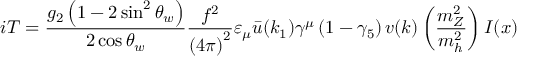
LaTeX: i T = \frac { g _ { 2 } \left( 1 - 2 \sin ^ { 2 } \theta _ { w } \right) } { 2 \cos \theta _ { w } } \frac { f ^ { 2 } } { \left( 4 \pi \right) ^ { 2 } } \varepsilon _ { \mu } \bar { u } ( k _ { 1 } ) \gamma ^ { \mu } \left( 1 - \gamma _ { 5 } \right) v ( k ) \left( \frac { m _ { Z } ^ { 2 } } { m _ { h } ^ { 2 } } \right) I ( x )